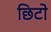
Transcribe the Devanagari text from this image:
छिटो